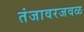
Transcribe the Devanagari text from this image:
तंजावरजवळ